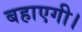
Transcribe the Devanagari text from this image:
बहाएगी।